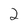
Character: 2